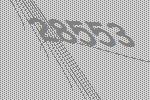
28553